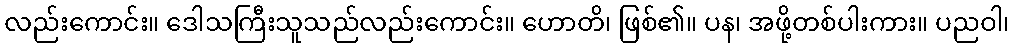
လည်းကောင်း။ ဒေါသကြီးသူသည်လည်းကောင်း။ ဟောတိ၊ ဖြစ်၏။ ပန၊ အဖို့တစ်ပါးကား။ ပညဝါ၊